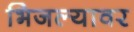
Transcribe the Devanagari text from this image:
भिजल्यावर